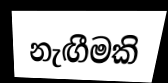
නැඟීමකි